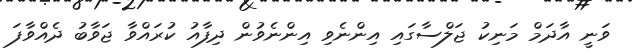
ވަނީ އާދަމް މަނިކު ޖަލްސާގައި އިންނެވި އިންނެވުން ދިފާއު ކުރައްވާ ޖަވާބު ދެއްވާފަ